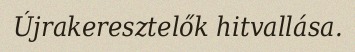
Újrakeresztelők hitvallása.